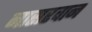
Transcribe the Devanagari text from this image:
नासरवान